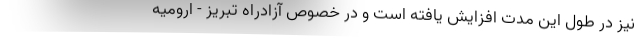
نیز در طول این مدت افزایش یافته است و در خصوص آزادراه تبریز - ارومیه